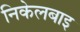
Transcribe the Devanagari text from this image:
निकेलबाइ